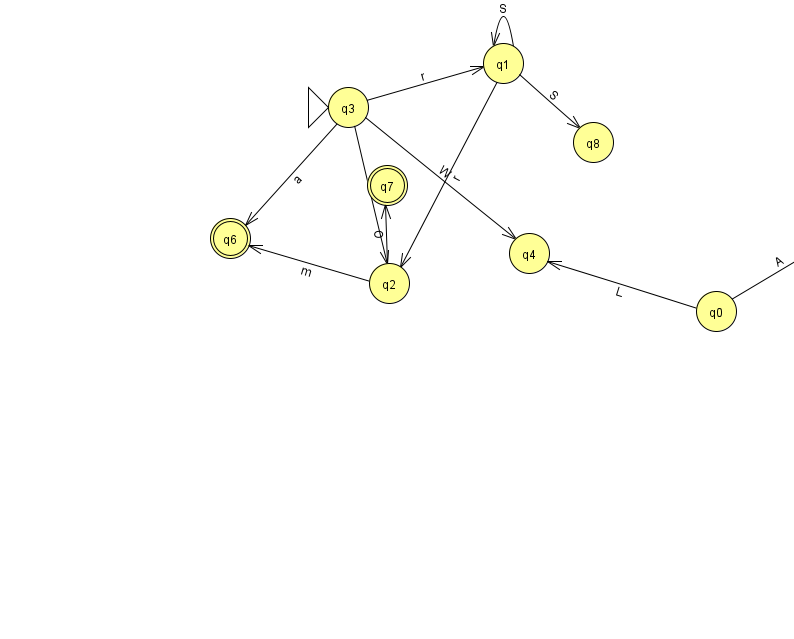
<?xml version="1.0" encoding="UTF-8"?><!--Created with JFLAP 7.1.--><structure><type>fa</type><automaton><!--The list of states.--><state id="0" name="q0"><x>716.0</x><y>298.0</y></state><state id="1" name="q1"><x>503.0</x><y>50.0</y></state><state id="2" name="q2"><x>389.0</x><y>270.0</y></state><state id="3" name="q3"><x>348.0</x><y>94.0</y><initial/></state><state id="4" name="q4"><x>529.0</x><y>240.0</y></state><state id="5" name="q5"><x>853.0</x><y>217.0</y><final/></state><state id="6" name="q6"><x>230.0</x><y>225.0</y><final/></state><state id="7" name="q7"><x>387.0</x><y>172.0</y><final/></state><state id="8" name="q8"><x>593.0</x><y>129.0</y></state><!--The list of transitions.--><transition><from>0</from><to>4</to><read>L</read></transition><transition><from>1</from><to>1</to><read>S</read></transition><transition><from>2</from><to>7</to><read>O</read></transition><transition><from>3</from><to>1</to><read>r</read></transition><transition><from>1</from><to>8</to><read>S</read></transition><transition><from>1</from><to>2</to><read>r</read></transition><transition><from>3</from><to>4</to><read>W</read></transition><transition><from>2</from><to>6</to><read>m</read></transition><transition><from>3</from><to>2</to><read>A</read></transition><transition><from>3</from><to>6</to><read>a</read></transition><transition><from>0</from><to>5</to><read>A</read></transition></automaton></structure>